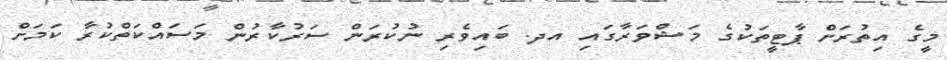
މީގެ އިތުރަށް ޕާޓީތަކުގެ މަޝްވަރާގައި އދ. ބައިވެރި ނުކުރަން ސަރުކާރުން މަސައްކަތްކުރާ ކަމަށް